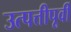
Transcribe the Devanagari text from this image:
उत्पत्तीपूर्वी